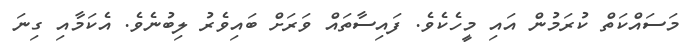
މަސައްކަތް ކުރަމުން އައި މީހެކެވެ. ފައިސާތައް ވަރަށް ބައިވެރު ލިބުނެވެ. އެކަމާއި ގިނަ